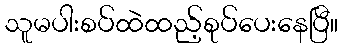
သူမပါးစပ်ထဲထည့်စုပ်ပေးနေပြီ။